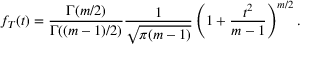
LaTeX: f _ { T } ( t ) = { \frac { \Gamma ( m / 2 ) } { \Gamma ( ( m - 1 ) / 2 ) } } { \frac { 1 } { \sqrt { \pi ( m - 1 ) } } } \left( 1 + { \frac { t ^ { 2 } } { m - 1 } } \right) ^ { m / 2 } .